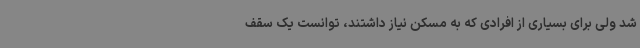
شد ولی برای بسیاری از افرادی که به مسکن نیاز داشتند، توانست یک سقف